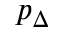
p _ { \Delta }